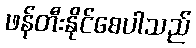
ဖန်တီးနိုင်စေပါသည်